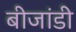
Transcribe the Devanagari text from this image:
बीजांडी